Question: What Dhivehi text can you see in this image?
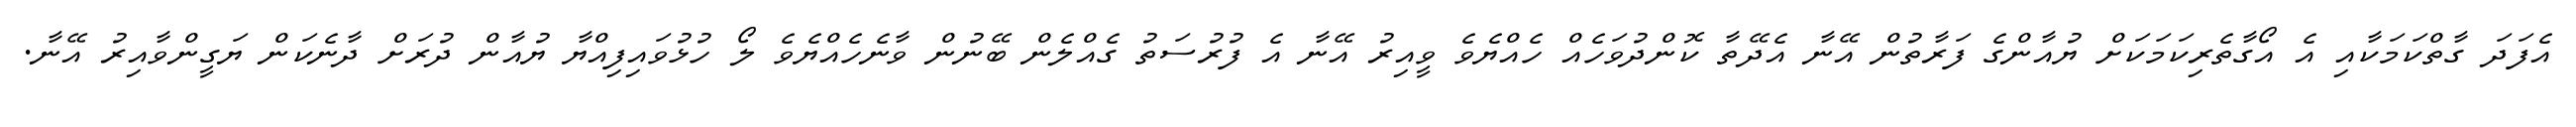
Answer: އެފަދަ ގާތްކަމަކާއި އެ އޯގާތެރިކަމަކަށް ޔުއާންގެ ފަރާތުން އޭނާ އެދޭތާ ކޮންދުވަހެއް ހެއްޔެވެ ވީއިރު އޭނާ އެ ފުރުސަތު ގެއްލެން ބޭނުން ވާނެހެއްޔެވެ ލޯ ހުޅުވައިފިއްޔާ ޔުއާން ދުރަށް ދާނެކަން ޔަގީންވާއިރު އޭނާ.